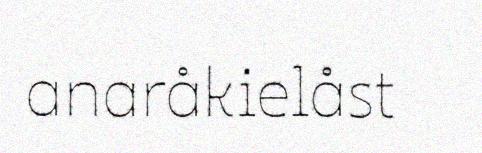
anaråkielåst